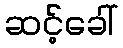
ဆင့်ခေါ်